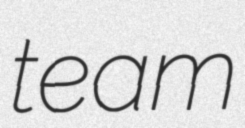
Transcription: team